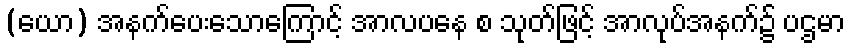
(ယော) အနက်ပေးသောကြောင့် အာလပနေ စ သုတ်ဖြင့် အာလုပ်အနက်၌ ပဌမာ